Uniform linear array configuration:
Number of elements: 64
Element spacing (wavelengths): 0.5
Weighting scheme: hann
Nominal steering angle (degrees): -45
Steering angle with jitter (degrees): -43.27
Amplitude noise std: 0.05
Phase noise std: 0.05

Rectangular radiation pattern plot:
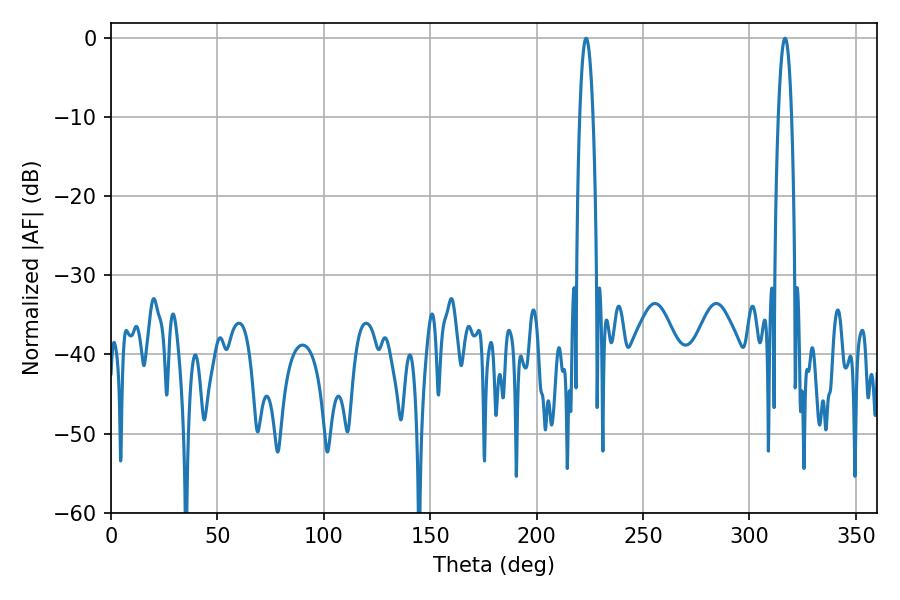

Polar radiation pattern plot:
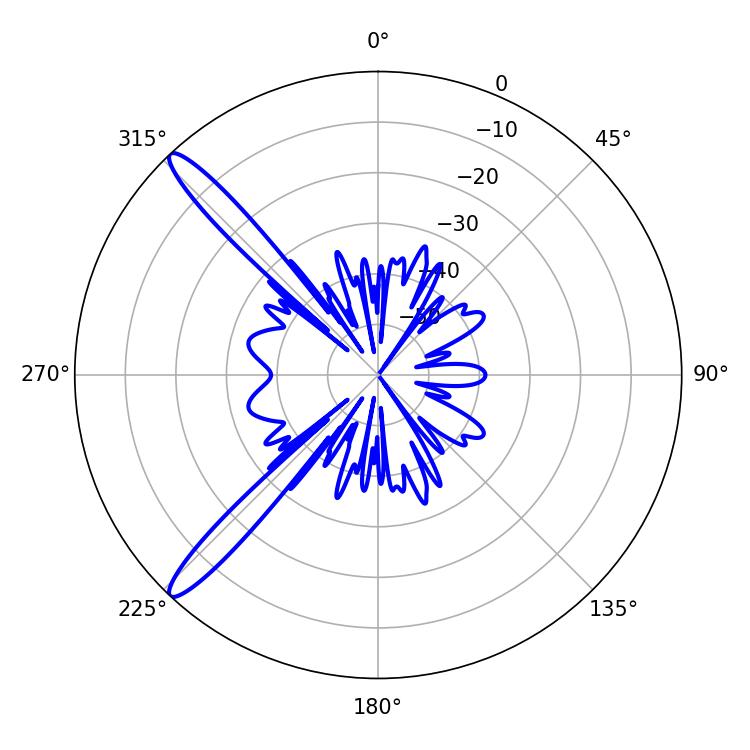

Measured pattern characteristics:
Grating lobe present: FALSE
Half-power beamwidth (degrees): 3.42
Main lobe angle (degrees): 223.2